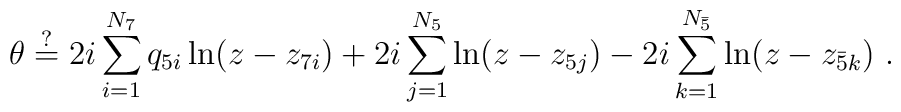
\theta \stackrel{?}{=} 2 i \sum_{i = 1}^{N_7} q_{5i} \ln(z - z_{7i})+ 2i  \sum_{j = 1}^{N_5} \ln(z - z_{5j})- 2i  \sum_{k = 1}^{N_{\bar 5}} \ln(z - z_{\bar 5k})\ .